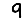
Digit: 9